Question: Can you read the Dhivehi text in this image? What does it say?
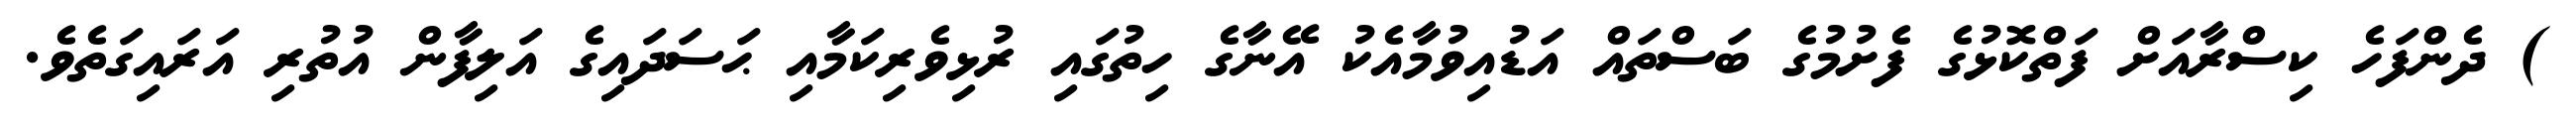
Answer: ) ދެންފަހެ ކިސްރާއަށް ފަތްކޮޅުގެ ފެށުމުގެ ބަސްތައް އަޑުއިވުމާއެކު އޭނާގެ ހިތުގައި ރުޅިވެރިކަމާއި ޙަސަދައިގެ އަލިފާން އުތުރި އަރައިގަތެވެ.